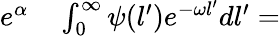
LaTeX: \begin{array}{rl}{e^{\alpha}}&{{}\int_{0}^{\infty}\psi(l^{\prime})e^{-\omega l^{\prime}}dl^{\prime}=}\end{array}